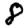
Digit: 8